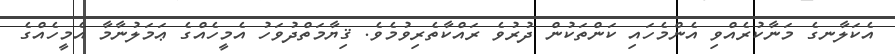
އެކަލާނގެ މަނާކުރެއްވި އެންމެހައި ކަންތަކުން ދުރުވެ ރައްކާތެރިވުމެވެ. ޤިޔާމަތްދުވަހު އެމީހެއްގެ ޢަމަލުނާމާ އެމީހެއްގެ